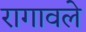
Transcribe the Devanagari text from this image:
रागावले